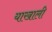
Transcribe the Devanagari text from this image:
याखाली